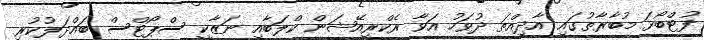
ފުޓްބޯޅަ މުބާރާތުގައި އާދިއްތަ ދުވަހު އަވާ ރެކްރިއޭޝަން ކްލަބާއި ނަޒާކީ ސްޕޯޓްސް ބައްދަލުކުރި